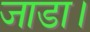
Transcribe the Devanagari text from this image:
जाडा।